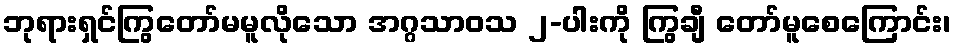
ဘုရားရှင်ကြွတော်မမူလိုသော အဂ္ဂသာဝသ ၂-ပါးကို ကြွချီ တော်မူစေကြောင်း၊